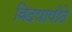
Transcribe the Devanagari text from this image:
विदयापीठे